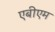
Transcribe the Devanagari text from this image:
एबीएम